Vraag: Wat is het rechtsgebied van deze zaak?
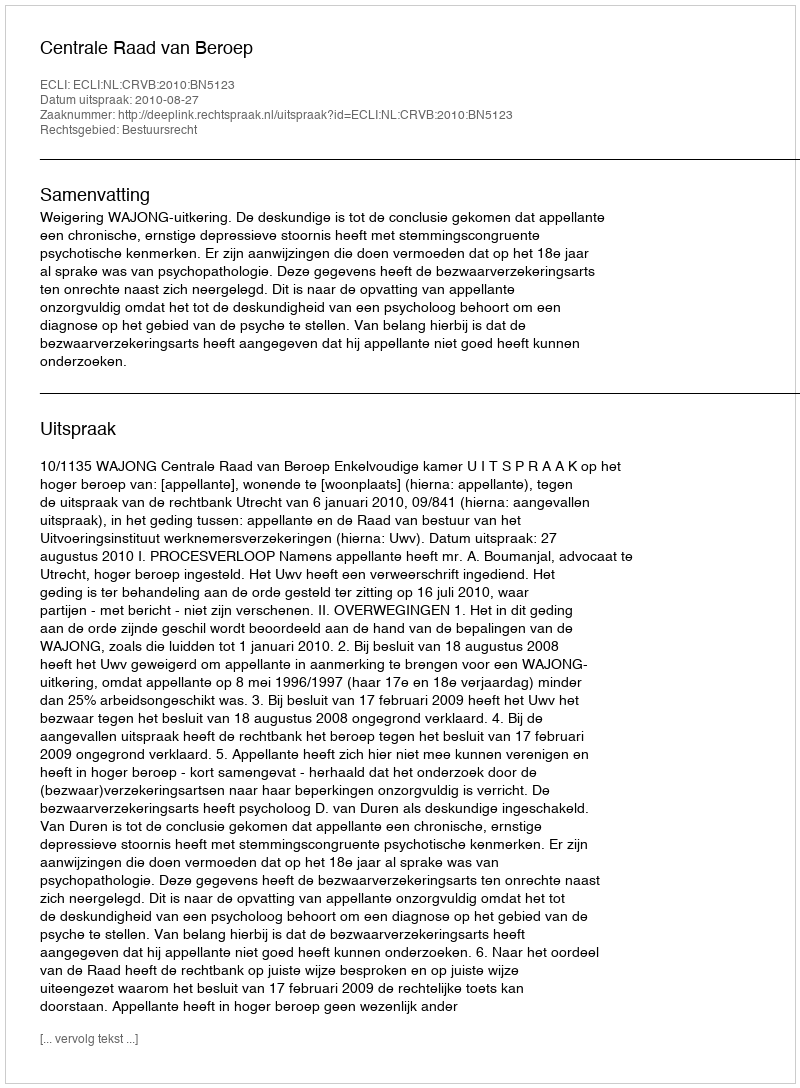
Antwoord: Bestuursrecht